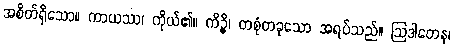
အစိတ်ရှိသော။ ကာယဿ၊ ကိုယ်၏။ ကိဉ္စိ၊ တစုံတခုသော အရပ်သည်။ ဩဒါတေန၊